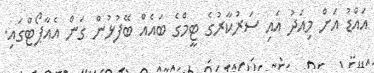
އައްޑު އަށް މިއަދު އައި ސަރުކާރުގެ ޓީމްގެ ބައެއް ބޭފުޅުން ގަން އެއާޕޯޓްގައި.